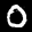
Label: 0